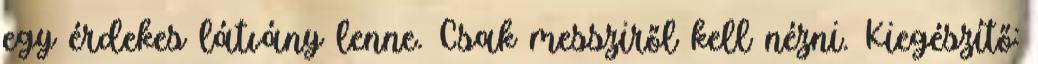
egy érdekes látvány lenne. Csak messziről kell nézni. Kiegészítő: